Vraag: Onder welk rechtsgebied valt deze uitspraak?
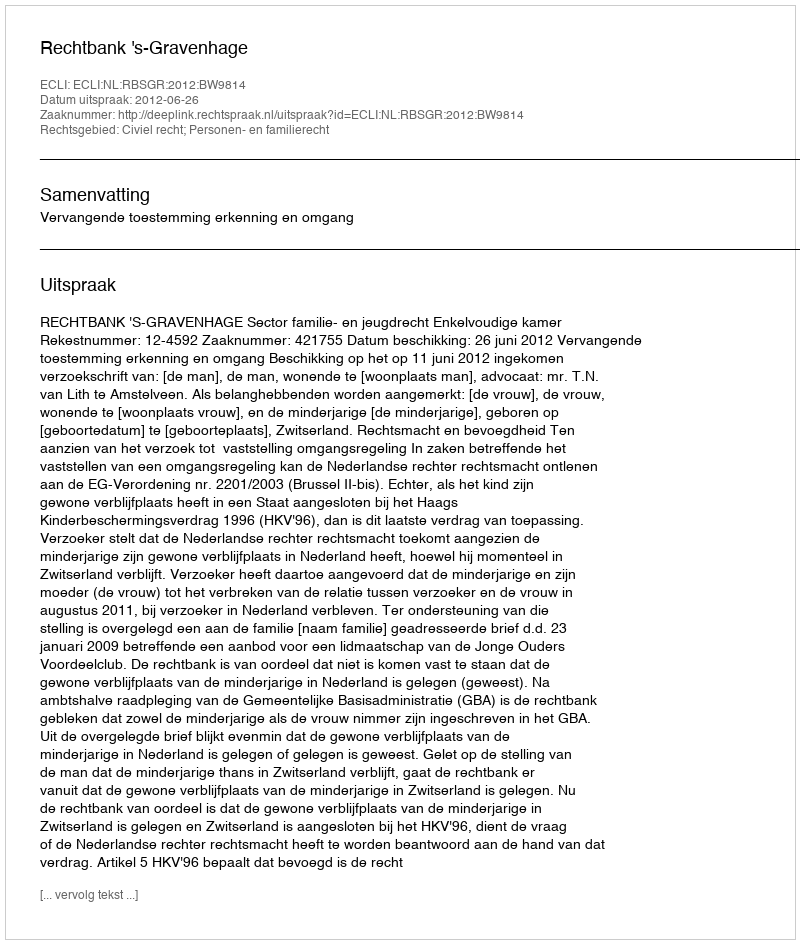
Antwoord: Civiel recht; Personen- en familierecht